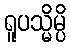
ရူပသ္မိမ္ပိ